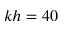
k h = 4 0